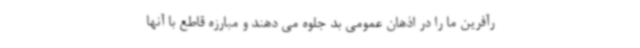
رآفرین ما را در اذهان عمومی بد جلوه می دهند و مبارزه قاطع با آنها